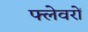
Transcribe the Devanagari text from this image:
फ्लेवरों